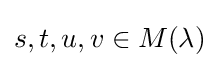
s,t,u,v\in M(\lambda )